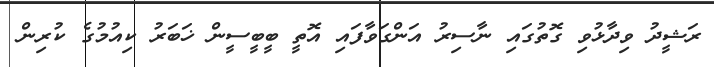
ރަޝީދު ވިދާޅުވި ގޮތުގައި ނާސިރު އަންގަވާފައި އޮތީ ބީބީސީން ޚަބަރު ކިއުމުގެ ކުރިން